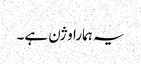
یہ ہمارا وژن ہے۔